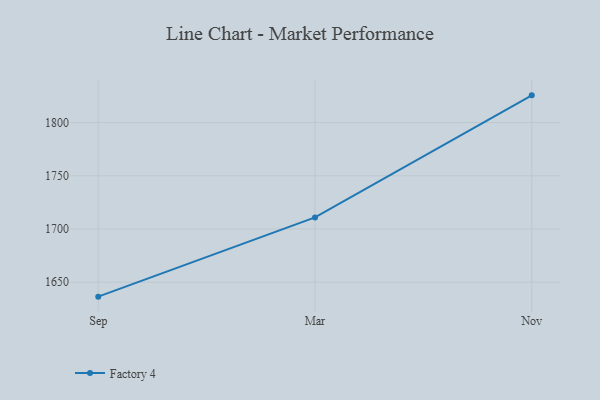
{"axis": {"x": "Month", "y": "Budget (USD K)"}, "legend": ["Factory 4"], "data": [{"x": "Sep", "y": 1636.4, "type": "Factory 4"}, {"x": "Mar", "y": 1710.9, "type": "Factory 4"}, {"x": "Nov", "y": 1825.6, "type": "Factory 4"}]}